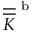
\overline { { \overline { { K } } } } ^ { \textup { b } }